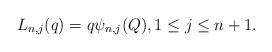
LaTeX: \begin{align*} L_{n,j}(q)= q\psi_{n,j}(Q), 1\leq j\leq n+1.\end{align*}